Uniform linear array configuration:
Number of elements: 4
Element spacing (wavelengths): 0.75
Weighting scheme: blackman
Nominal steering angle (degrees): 45
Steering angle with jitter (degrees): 46.614
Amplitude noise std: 0.05
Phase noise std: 0.05

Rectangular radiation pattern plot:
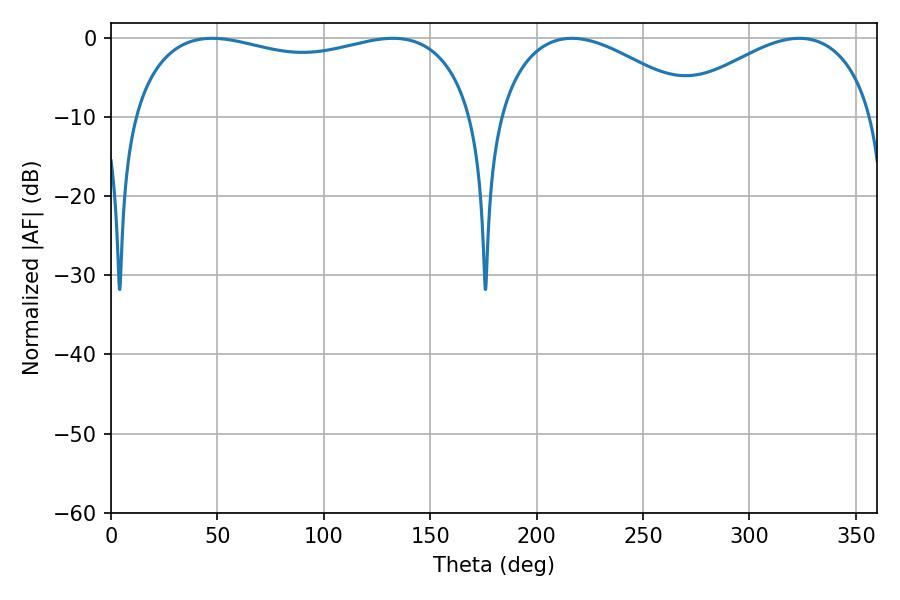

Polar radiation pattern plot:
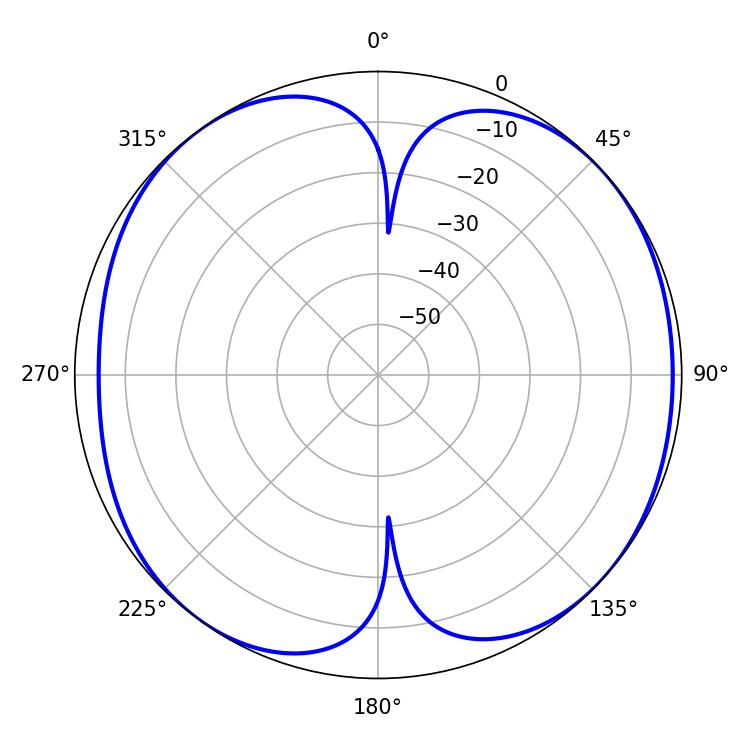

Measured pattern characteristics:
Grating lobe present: TRUE
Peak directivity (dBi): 8.391
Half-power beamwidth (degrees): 132.12
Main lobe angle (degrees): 47.52